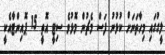
ލީގުގައި މިހާތަނަށް ކުޅުނު ފަސް މެޗުން މޮޅުވެ ސިޓީ އޮތީ 15 ޕޮއިންޓާއެކީ